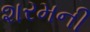
શરમની